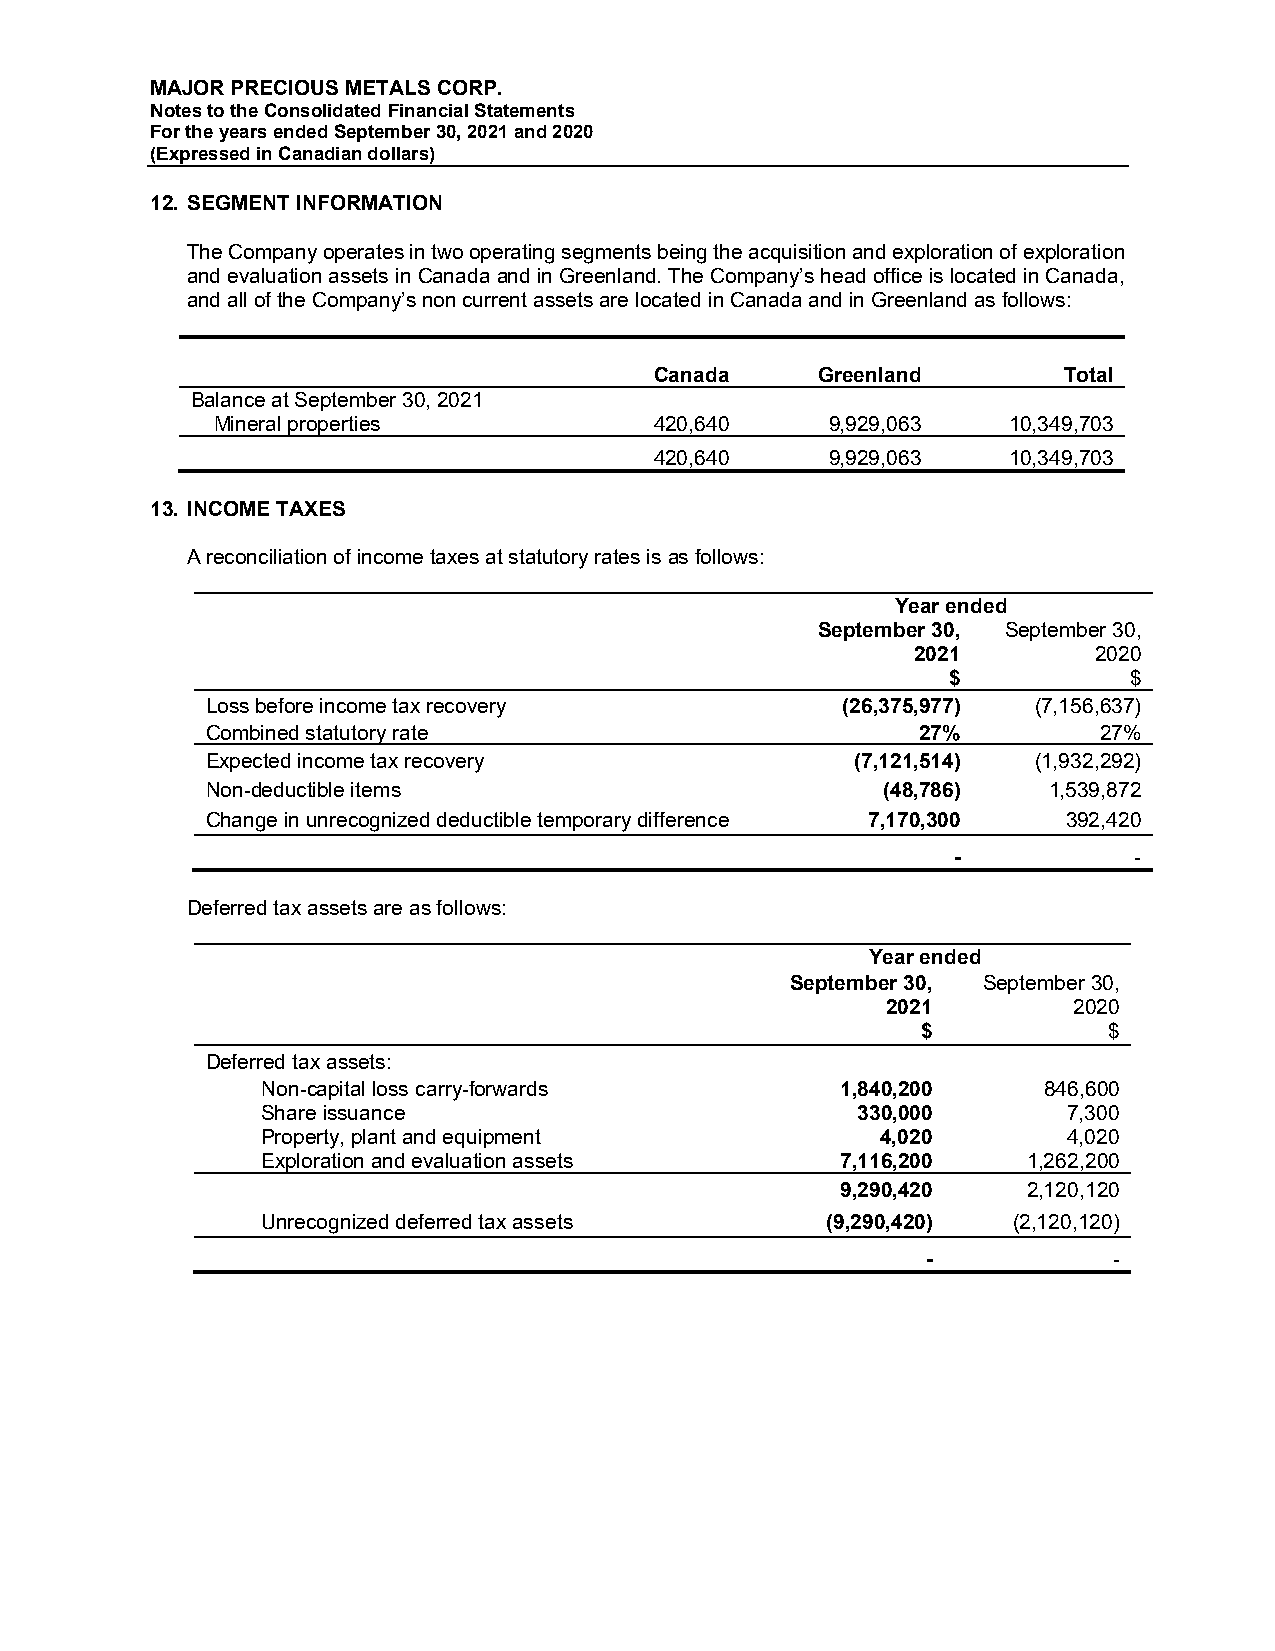
MAJOR PRECIOUS METALS CORP.
 Notes to the Consolidated Financial Statements
 For the years ended September 30, 2021 and 2020
 (Expressed in Canadian dollars)
 12. SEGMENT INFORMATION
 The Company operates in two operating segments being the acquisition and exploration of exploration
 and evaluation assets in Canada and in Greenland. The Company’s head office is located in Canada,
 and all of the Company’s non current assets are located in Canada and in Greenland as follows:
 Canada     Greenland       Total
 Balance at September 30, 2021
 Mineral properties           420,640     9,929,063   10,349,703
 420,640     9,929,063   10,349,703
 13. INCOME TAXES
 A reconciliation of income taxes at statutory rates is as follows:
 Year ended
 September 30, September 30,
 2021       2020
 $           $
 Loss before income tax recovery           (26,375,977) (7,156,637)
 Combined statutory rate                        27%         27%
 Expected income tax recovery               (7,121,514) (1,932,292)
 Non-deductible items                        (48,786)   1,539,872
 Change in unrecognized deductible temporary difference 7,170,300 392,420
 -           -
 Deferred tax assets are as follows:
 Year ended
 September 30, September 30,
 2021        2020
 $           $
 Deferred tax assets:
 Non-capital loss carry-forwards        1,840,200    846,600
 Share issuance                          330,000       7,300
 Property, plant and equipment            4,020        4,020
 Exploration and evaluation assets      7,116,200   1,262,200
 9,290,420   2,120,120
 Unrecognized deferred tax assets      (9,290,420) (2,120,120)
 -            -